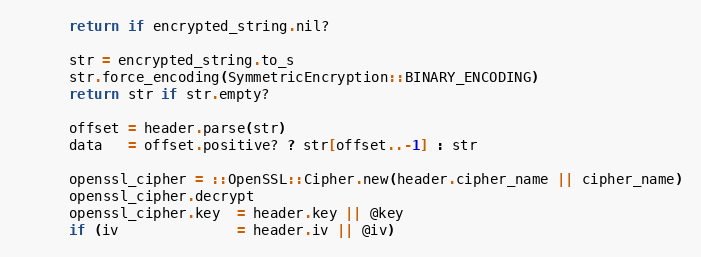
Language: Ruby
      return if encrypted_string.nil?

      str = encrypted_string.to_s
      str.force_encoding(SymmetricEncryption::BINARY_ENCODING)
      return str if str.empty?

      offset = header.parse(str)
      data   = offset.positive? ? str[offset..-1] : str

      openssl_cipher = ::OpenSSL::Cipher.new(header.cipher_name || cipher_name)
      openssl_cipher.decrypt
      openssl_cipher.key  = header.key || @key
      if (iv              = header.iv || @iv)